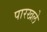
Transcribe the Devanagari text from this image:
पारखले